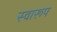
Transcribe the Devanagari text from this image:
स्वारूप